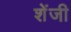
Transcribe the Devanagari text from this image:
शेंजी